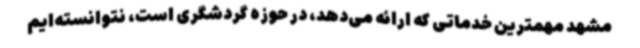
مشهد مهمترین خدماتی که ارائه می‌دهد، در حوزه گردشگری است، نتوانسته‌ایم